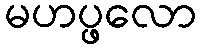
မဟပ္ဖလော